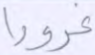
غرورا